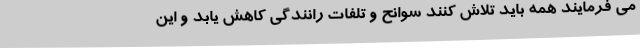
می فرمایند همه باید تلاش کنند سوانح و تلفات رانندگی کاهش یابد و این